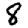
Digit: 8